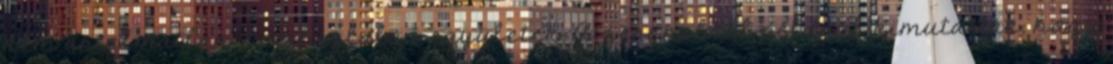
nem ártalmatlan, bocihizlaló vegyületek. A zeranolról például kimutatták, hogy